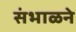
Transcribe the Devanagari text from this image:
संभाळने